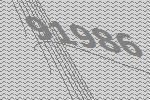
91986